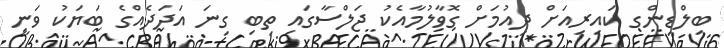
ބިލްޑިންގ ކައިރިއަށް ދިއުމަށް ގޮވާލުމާއެކު ޖަލްސާގައި ތިބި ގިނަ އަދަދެއްގެ ބަޔަކު ވަނީ